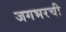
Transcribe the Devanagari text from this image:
जगभरची